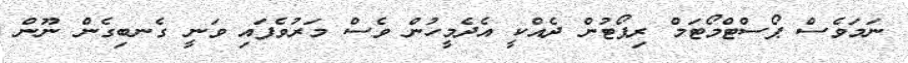
ނަމަވެސް ޕޯސްޓްމޯޓަމް ރިޕޯޓުން ދެއްކީ އެދެމީހުން ވެސް މަރުވެފައި ވަނީ ގެނބިގެން ނޫން